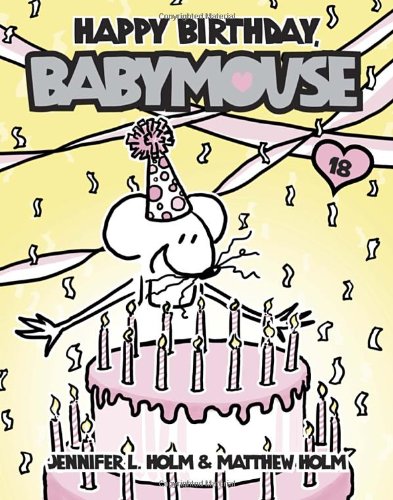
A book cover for Babymouse #18: Happy Birthday, Babymouse; Jennifer L. Holm; Children's Books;